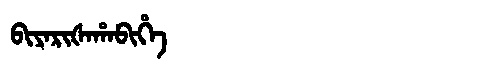
Manchu: ᠪᡳᠶᠠᡵᡳᡧᠠᡥᠠᠪᡳᡥᡝ
Romanization: BIYARIŠAHABIHE